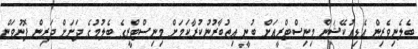
ބެލެނިވެރިން އެޑިއުކޭޝަން މިނިސްޓްރީއަށް ބުނީ އިތުބާރުނުކުރާކަމަށް މިނިސްޓްރީގެ ބެލުމުގެ ދަށަށް ދަރިން ފޮނުވަން